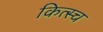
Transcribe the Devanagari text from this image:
कित्स्च